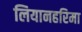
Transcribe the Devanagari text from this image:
लियानहरिमा